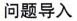
问题导入